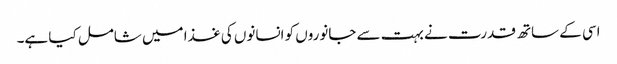
اسی کے ساتھ قدرت نے بہت سے جانوروں کو انسانوں کی غذا میں شامل کیا ہے۔